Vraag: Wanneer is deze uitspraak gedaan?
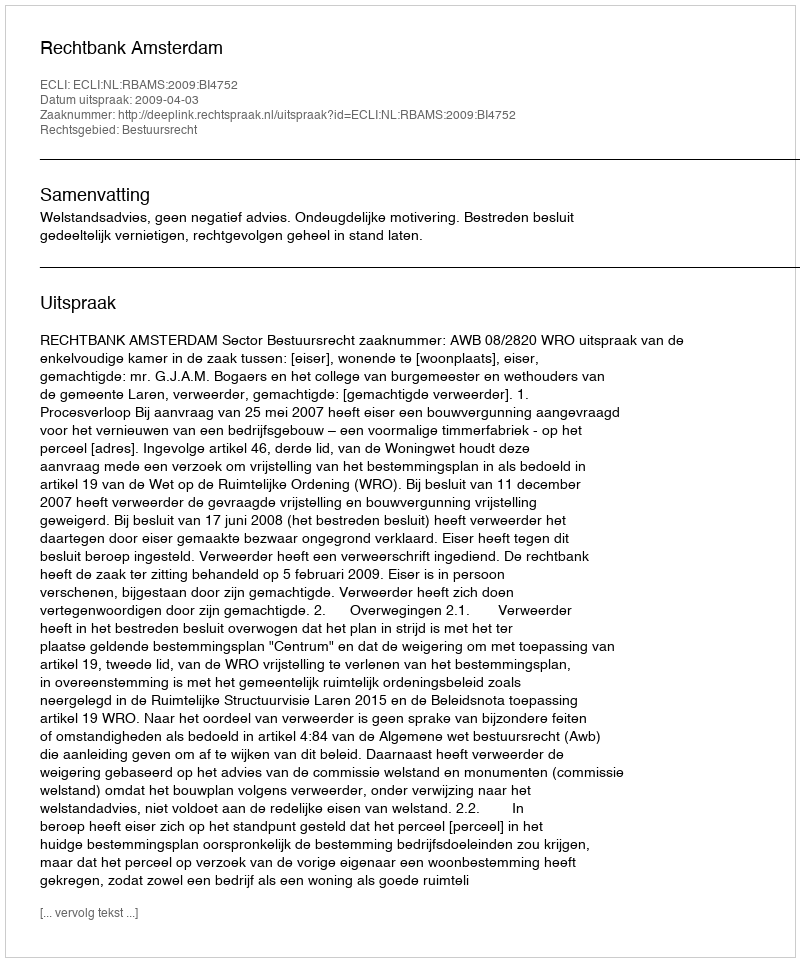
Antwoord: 2009-04-03